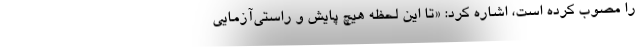
را مصوب کرده است، اشاره کرد: «تا این لحظه هیچ پایش و راستی‌آزمایی